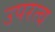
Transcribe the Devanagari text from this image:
उपरत्व